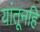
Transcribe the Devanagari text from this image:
यांतूनहि